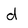
Character: d